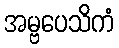
အမ္ဗပေသိကံ